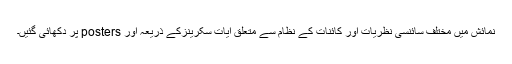
نمائش میں مختلف سائنسی نظریات اور کائنات کے نظام سے متعلق آیات سکرینزکے ذریعہ اور posters پر دکھائی گئیں۔